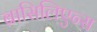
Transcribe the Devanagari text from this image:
ब्रासिलिएन्स